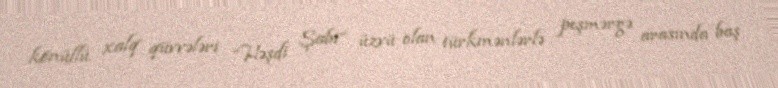
könüllü xalq qüvvələri “Həşdi Şabi” üzvü olan türkmənlərlə peşmərgə arasında baş